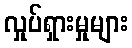
လှုပ်ရှားမှုများ